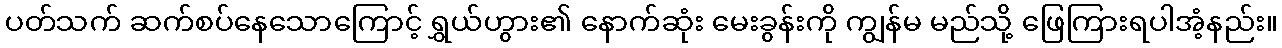
ပတ်သက် ဆက်စပ်နေသောကြောင့် ရွှယ်ဟွား၏ နောက်ဆုံး မေးခွန်းကို ကျွန်မ မည်သို့ ဖြေကြားရပါအံ့နည်း။